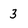
Character: 3